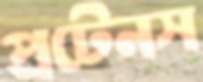
প্রটেনস